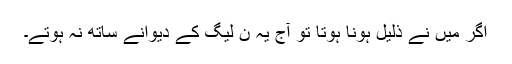
اگر میں نے ذلیل ہونا ہوتا تو آج یہ ن لیگ کے دیوانے ساتھ نہ ہوتے۔